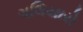
ગલિયારો